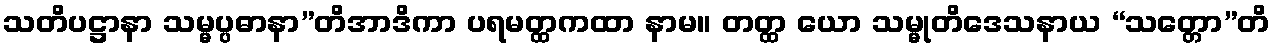
သတိပဋ္ဌာနာ သမ္မပ္ပဓာနာ”တိအာဒိကာ ပရမတ္ထကထာ နာမ။ တတ္ထ ယော သမ္မုတိဒေသနာယ “သတ္တော”တိ